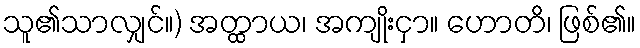
သူ၏သာလျှင်။) အတ္ထာယ၊ အကျိုးငှာ။ ဟောတိ၊ ဖြစ်၏။